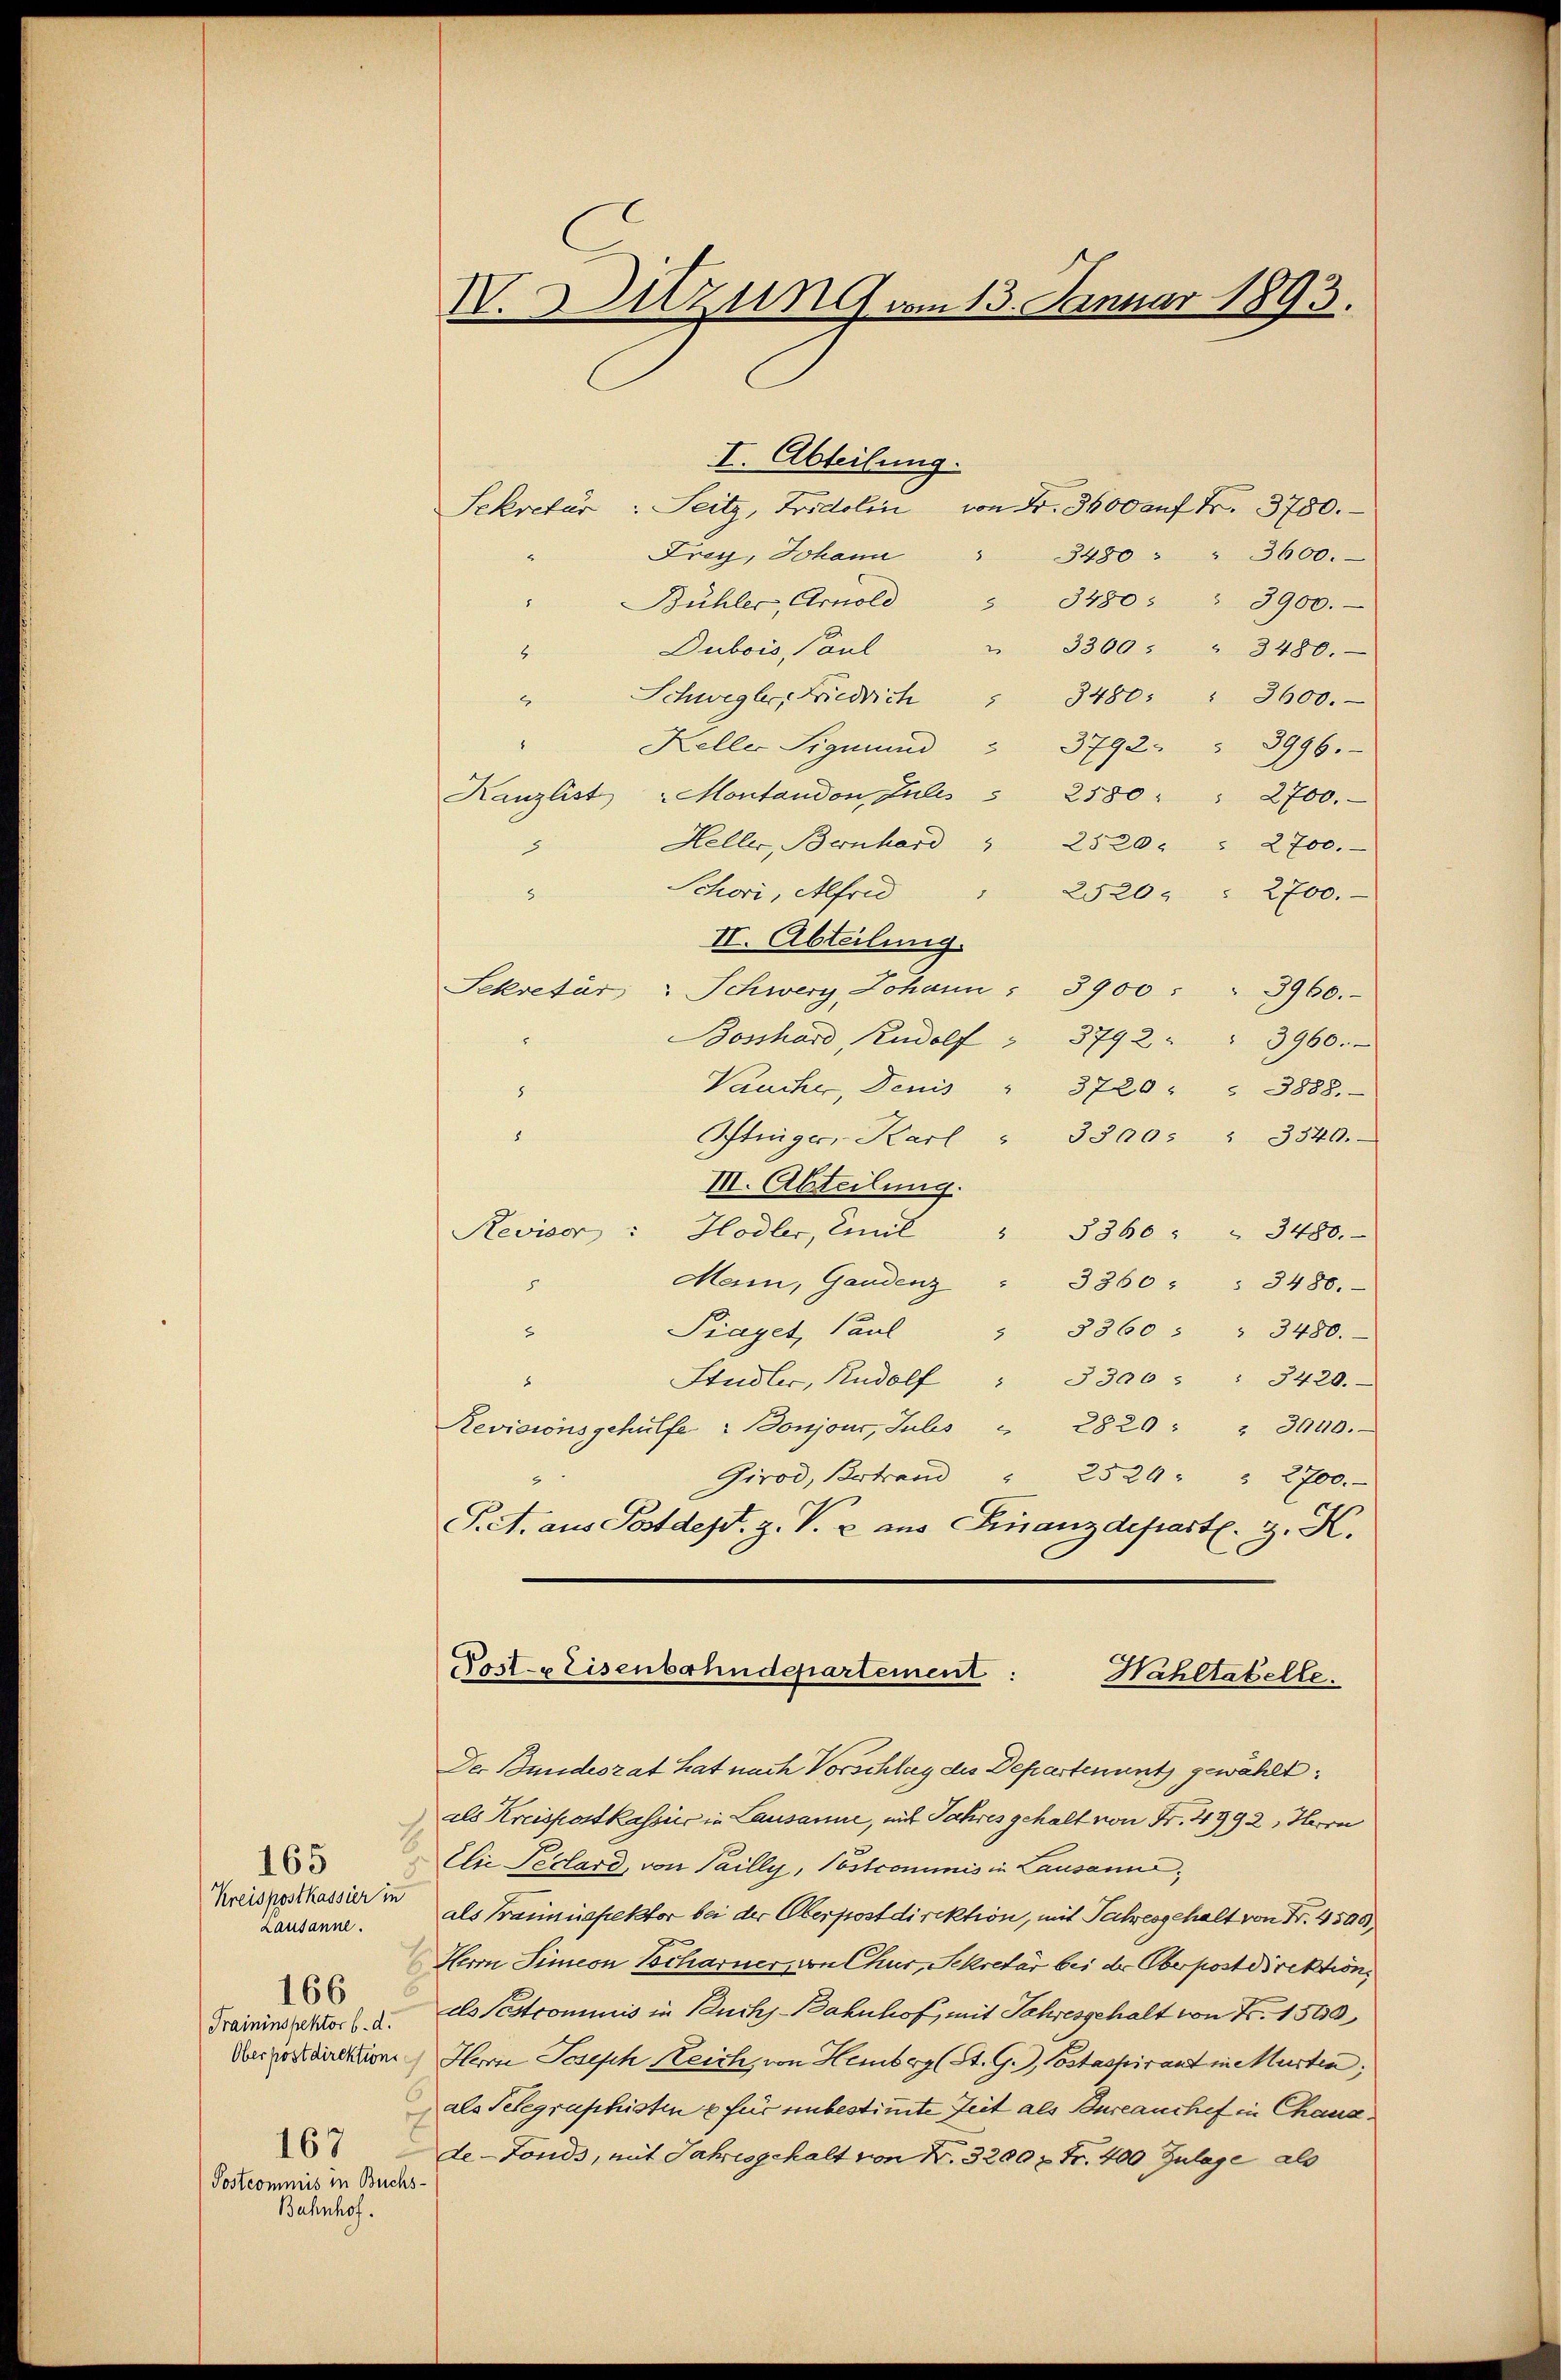
Kreispostkassier in
Lausanne.
167
Postcommis in Buchs-
Bahnhof.

166

I. Abteilung.
Sekretär: Seitz, Fridolin von Fr. 3600 auf Fr. 3780.
Frey, Johan  480 " " 3600.
Bühler, Arnold " 3480: " 3900.

" 3300 " " 3480.
Dubois, Paul
n
Schwegler, Friedrich " 3480: " 3600.

Keller Sigmund 3792 " 3996.
Kanzliste Montandon Juli 2580 " " 2700.
Heller, Bernhard " 2520 " " 2700.
x
Schori, Afrid " 2520. " 2700.

II. Abteilung.
Sekretär: Schwerz, Johann : 3900 : " 3960.
Bosshard, Rudolf  3792
3960.
Vaucker, Denis " 3720 " " 3888.
.

Itinger-Karl " 3500: " 3340.
I. Abteilung.
Reviser " Hodler, Emil " 8360 " " 3480.
Main, Gaudenz

3360 " " 3480.
Prayet, Paul
" 8360 : " 3480.
2
Studler, Rudolf " 3300 " " 3420.

Revisionsgehülfe. Donjour, Subs " 2820: " 3000.
Girod, Bertrand " 2329 " " 2700.
9
Pet. aus Postdept. Z. V. u. aus Finanzdepartl. z. K.
Post-Eisenbahndepartement:
Wahltabelle.
Der Bundeszat hat nach Vorschlag des Departenant gewählt:
als Kreispostkassis in Lausanne, mit Jahres gehalt von Fr. 4992, Herrn
Elie Peclard, von Sailly, Postcommis in Lausann;
als Traumüspektor bei der Oberpostdirektion, mit Jahresgehalt von Fr. 4500
2
Herrn Simeon Tscharner, von Chur, Sekretär bei der Oberpostdirektion
Fraininspektor v. u. als Pestrominis in Buchs-Bahnhof, mit Jahresgehalt von Fr. 1500
Verordnetem Herrn Joseph Reich, von Hemberg (St. G.), Costaspirant in Murten,
6
als Telegraphisten & für unbestimmte Zeit als Bureauchef in Chandde-Fonds, mit Jahresgehalt von N. 3200 x Fr. 400 Zulage als

IV. Sitzung am 13. Januar 1893.